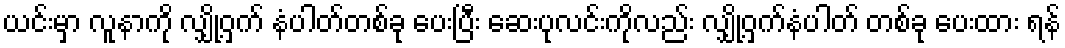
ယင်းမှာ လူနာကို လျှို့ဝှက် နံပါတ်တစ်ခု ပေးပြီး ဆေးပုလင်းကိုလည်း လျှို့ဝှက်နံပါတ် တစ်ခု ပေးထား ရန်